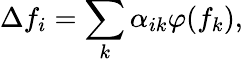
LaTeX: \Delta f_{i}=\sum_{k}\alpha_{ik}\varphi(f_{k}),